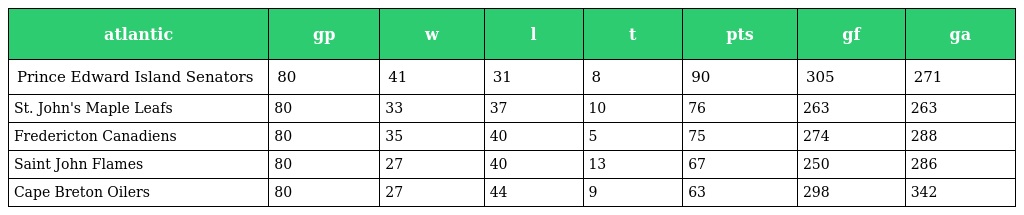
| atlantic | gp | w | l | t | pts | gf | ga |
 | --- | --- | --- | --- | --- | --- | --- | --- |
 | Prince Edward Island Senators | 80 | 41 | 31 | 8 | 90 | 305 | 271 |
 | St. John's Maple Leafs | 80 | 33 | 37 | 10 | 76 | 263 | 263 |
 | Fredericton Canadiens | 80 | 35 | 40 | 5 | 75 | 274 | 288 |
 | Saint John Flames | 80 | 27 | 40 | 13 | 67 | 250 | 286 |
 | Cape Breton Oilers | 80 | 27 | 44 | 9 | 63 | 298 | 342 |